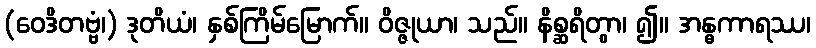
(ဝေဒိတဗ္ဗံ၊) ဒုတိယံ၊ နှစ်ကြိမ်မြောက်။ ဝိဇ္ဇုယာ၊ သည်။ နိစ္ဆရိတွာ၊ ၍။ အန္ဓကာရဿ၊